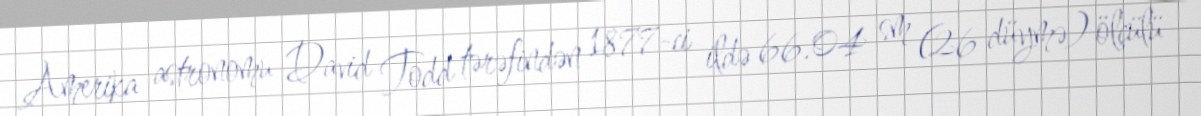
Amerika astronomu David Todd tərəfindən 1877-ci ildə 66.04 sm (26 düymə) ölçülü